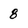
Character: 8